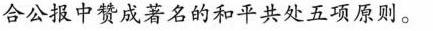
合公报中赞成著名的和平共处五项原则。